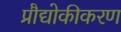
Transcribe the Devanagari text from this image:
प्रौद्योकीकरण